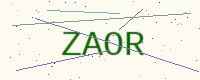
Text: ZAOR